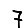
Digit: 7